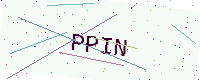
Text: PPIN